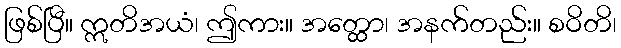
ဖြစ်ပြီ။ ဣတိအယံ၊ ဤကား။ အတ္ထော၊ အနက်တည်း။ စဝိတိ၊